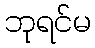
ဘုရင်မ